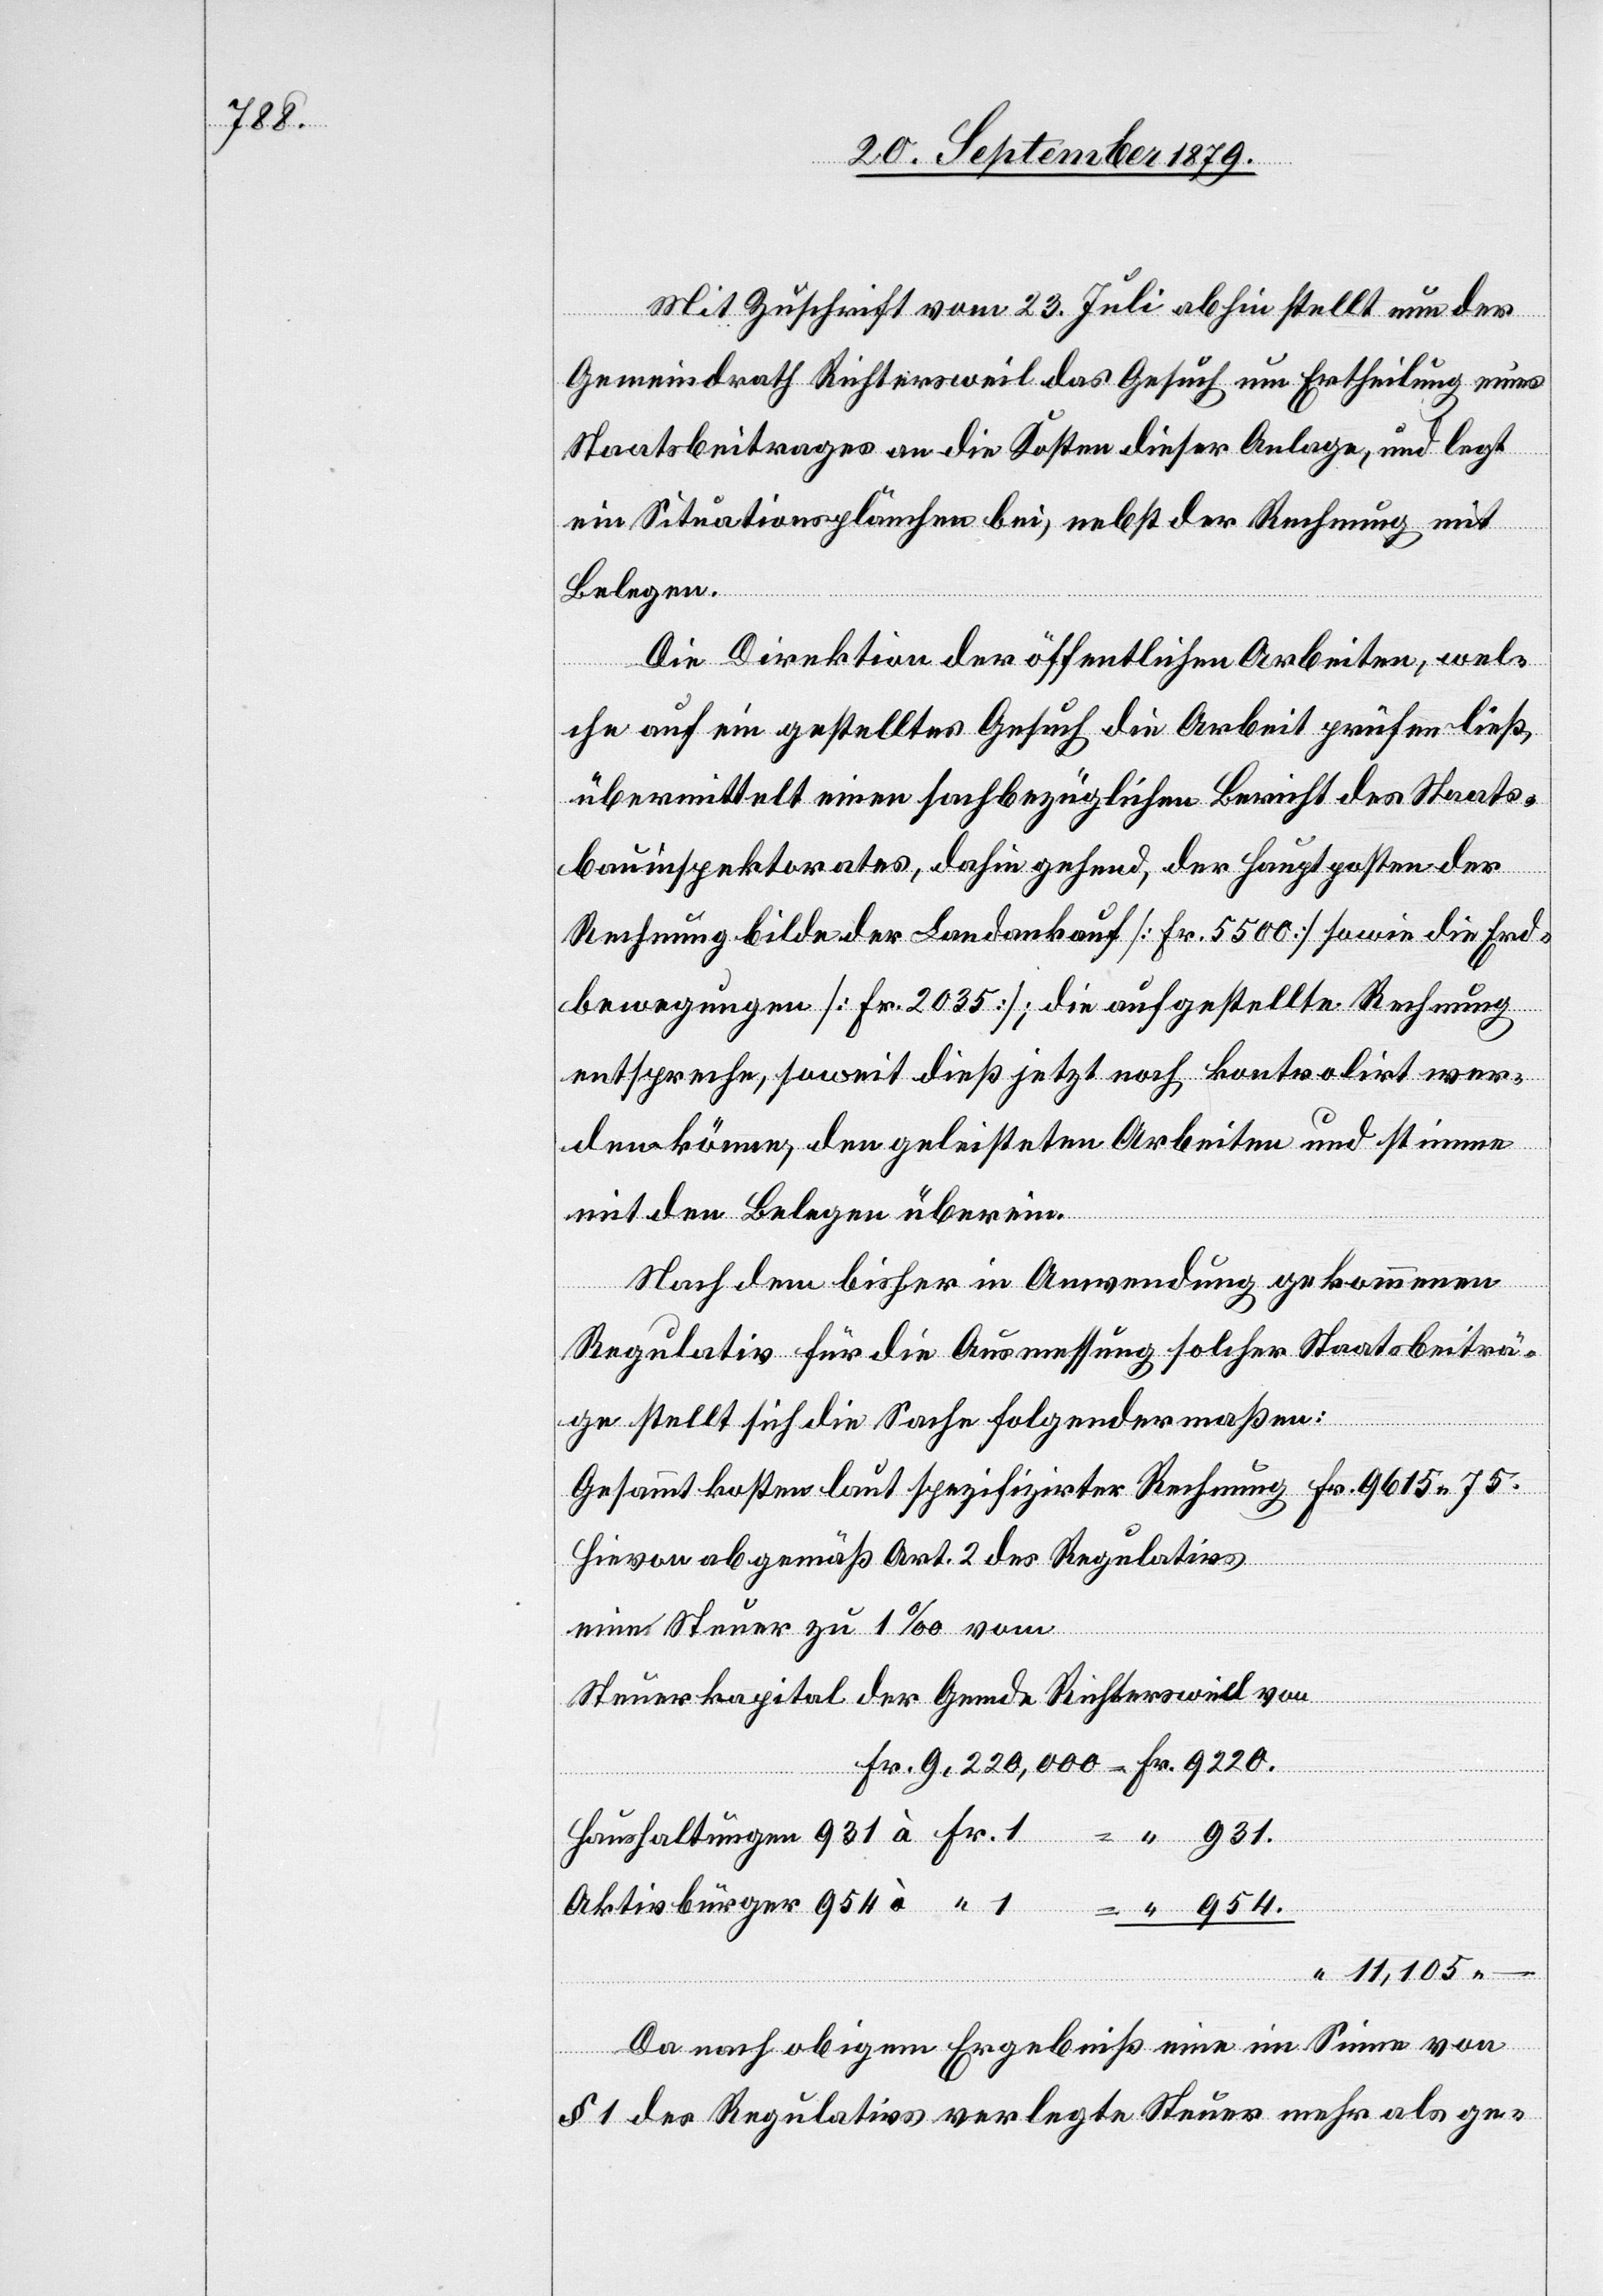
931.

Mit Zuschrift vom 23. Juli abhin stellt nun der
Gemeindrath Richtersweil das Gesuch um Ertheilung eines
Staatsbeitrages an die Kosten dieser Anlage, und legt
ein Situationsplänchen bei, nebst der Rechnung mit
Belegen.
Die Direktion der öffentlichen Arbeiten, wel¬
che auf ein gestelltes Gesuch die Arbeit prüfen ließ,
übermittelt einen sachbezüglichen Bericht des Staats¬
bauinspektorates, dahin gehend, der Hauptposten der
Rechnung bilde der Landankauf [Fr. 5500] sowie die Erd¬
bewegungen [Fr. 2035]; die aufgestellte Rechnung
entspreche, soweit dieß jetzt noch kontrolirt wer¬
den könne, den geleisteten Arbeiten und stimme
mit den Belegen überein.
Nach dem bisher in Anwendung gekommene
Regulativ für die Ausmessung solcher Staatsbeiträ¬
ge stellt sich die Sache folgendermaßen:
Gesammtkosten laut spezifizirter Rechnung Fr. 9615 75.
Hievon ab gemäß Art. 2 des Regulativs
eine Steuer zu 1‰ vom
Steuerkapital der Gemde Richtersweil von
Aktivbürger
11,105 –
Da nach obigem Ergebniß eine im Sinne von
§ 1 des Regulativs verlegte Steuer mehr als ge-